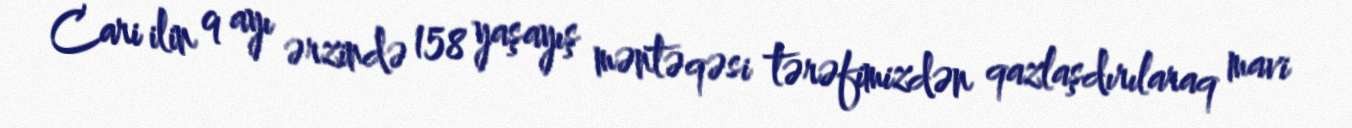
Cari ilin 9 ayı ərzində 158 yaşayış məntəqəsi tərəfimizdən qazlaşdırılaraq mavi